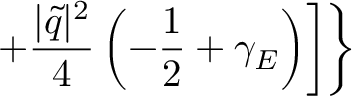
+ \frac { | \widetilde { q } | ^ { 2 } } { 4 } \left( - \frac { 1 } { 2 } + \gamma _ { E } \right) \biggr ] \biggr \}